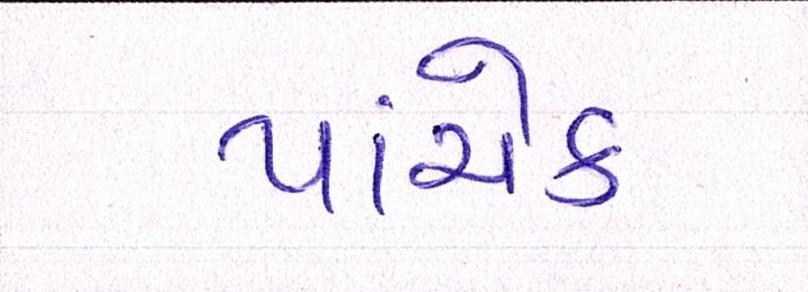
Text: પાંચેક